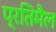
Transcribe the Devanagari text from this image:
प्रतिमैल